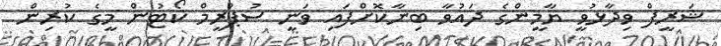
ޝަރީފް ވިދާޅުވީ ޔާމީންގެ ދައުވާ ބިނާކޮށްފައި ވަނީ ސުޕްރީމް ކޯޓުން މީގެ ކުރިން